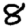
Digit: 8